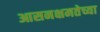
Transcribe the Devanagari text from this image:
आसनक्षमतेच्या